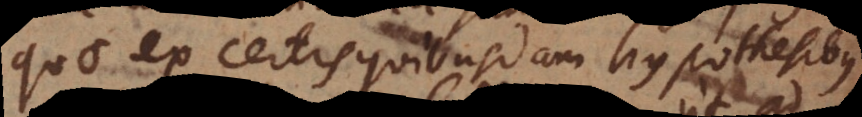
quae ex certis quibusdam hypothesibus